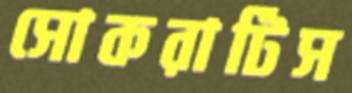
সোকরাটিস